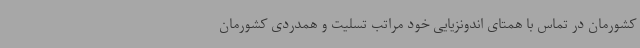
کشورمان در تماس با همتای اندونزیایی خود مراتب تسلیت و همدردی کشورمان